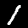
Label: 1